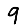
Digit: 9